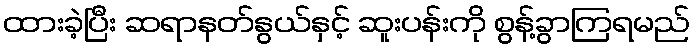
ထားခဲ့ပြီး ဆရာနတ်နွယ်နှင့် ဆူးပန်းကို စွန့်ခွာကြရမည်